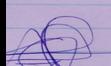
Signature authenticity: genuine